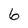
Character: 6